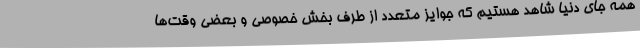
همه جای دنیا شاهد هستیم که جوایز متعدد از طرف بخش خصوصی و بعضی وقت‌ها